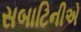
સબાટિનીએ